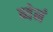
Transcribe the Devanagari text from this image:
ब्येनं